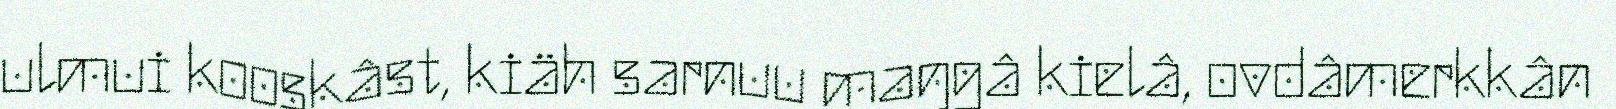
ulmui kooskâst, kiäh sarnuu maŋgâ kielâ, ovdâmerkkân